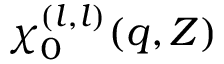
\chi _ { 0 } ^ { ( l , l ) } ( \boldsymbol { q } , Z )